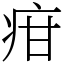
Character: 疳